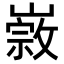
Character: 𡼦